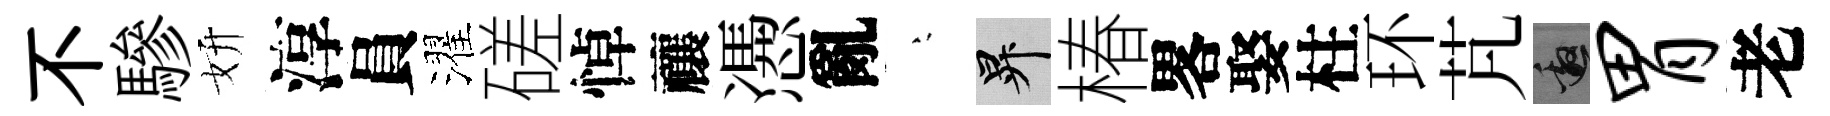
不驂妍淳員濯磋悼禳慿亂堂升椿畧娶柱环芃邀胃老